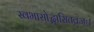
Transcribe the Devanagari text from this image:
स्वभासोद्भासितव्रजः।